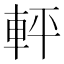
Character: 軯